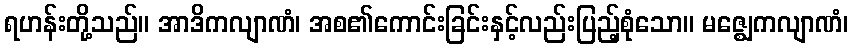
ရဟန်းတို့သည်။ အာဒိကလျာဏံ၊ အစ၏ကောင်းခြင်းနှင့်လည်းပြည့်စုံသော။ မဇ္ဈေကလျာဏံ၊